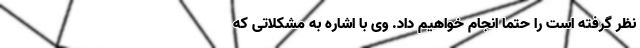
نظر گرفته است را حتما انجام خواهیم داد. وی با اشاره به مشکلاتی که